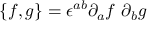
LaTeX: \{ f , g \} = \epsilon ^ { a b } \partial _ { a } f ~ \partial _ { b } g